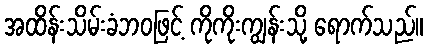
အထိန်းသိမ်းခံဘဝဖြင့် ကိုကိုးကျွန်းသို့ ရောက်သည်။